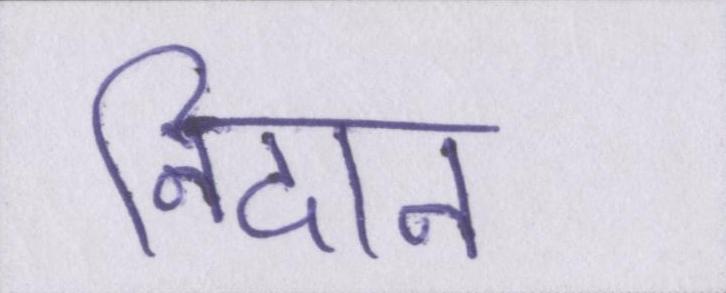
निदान